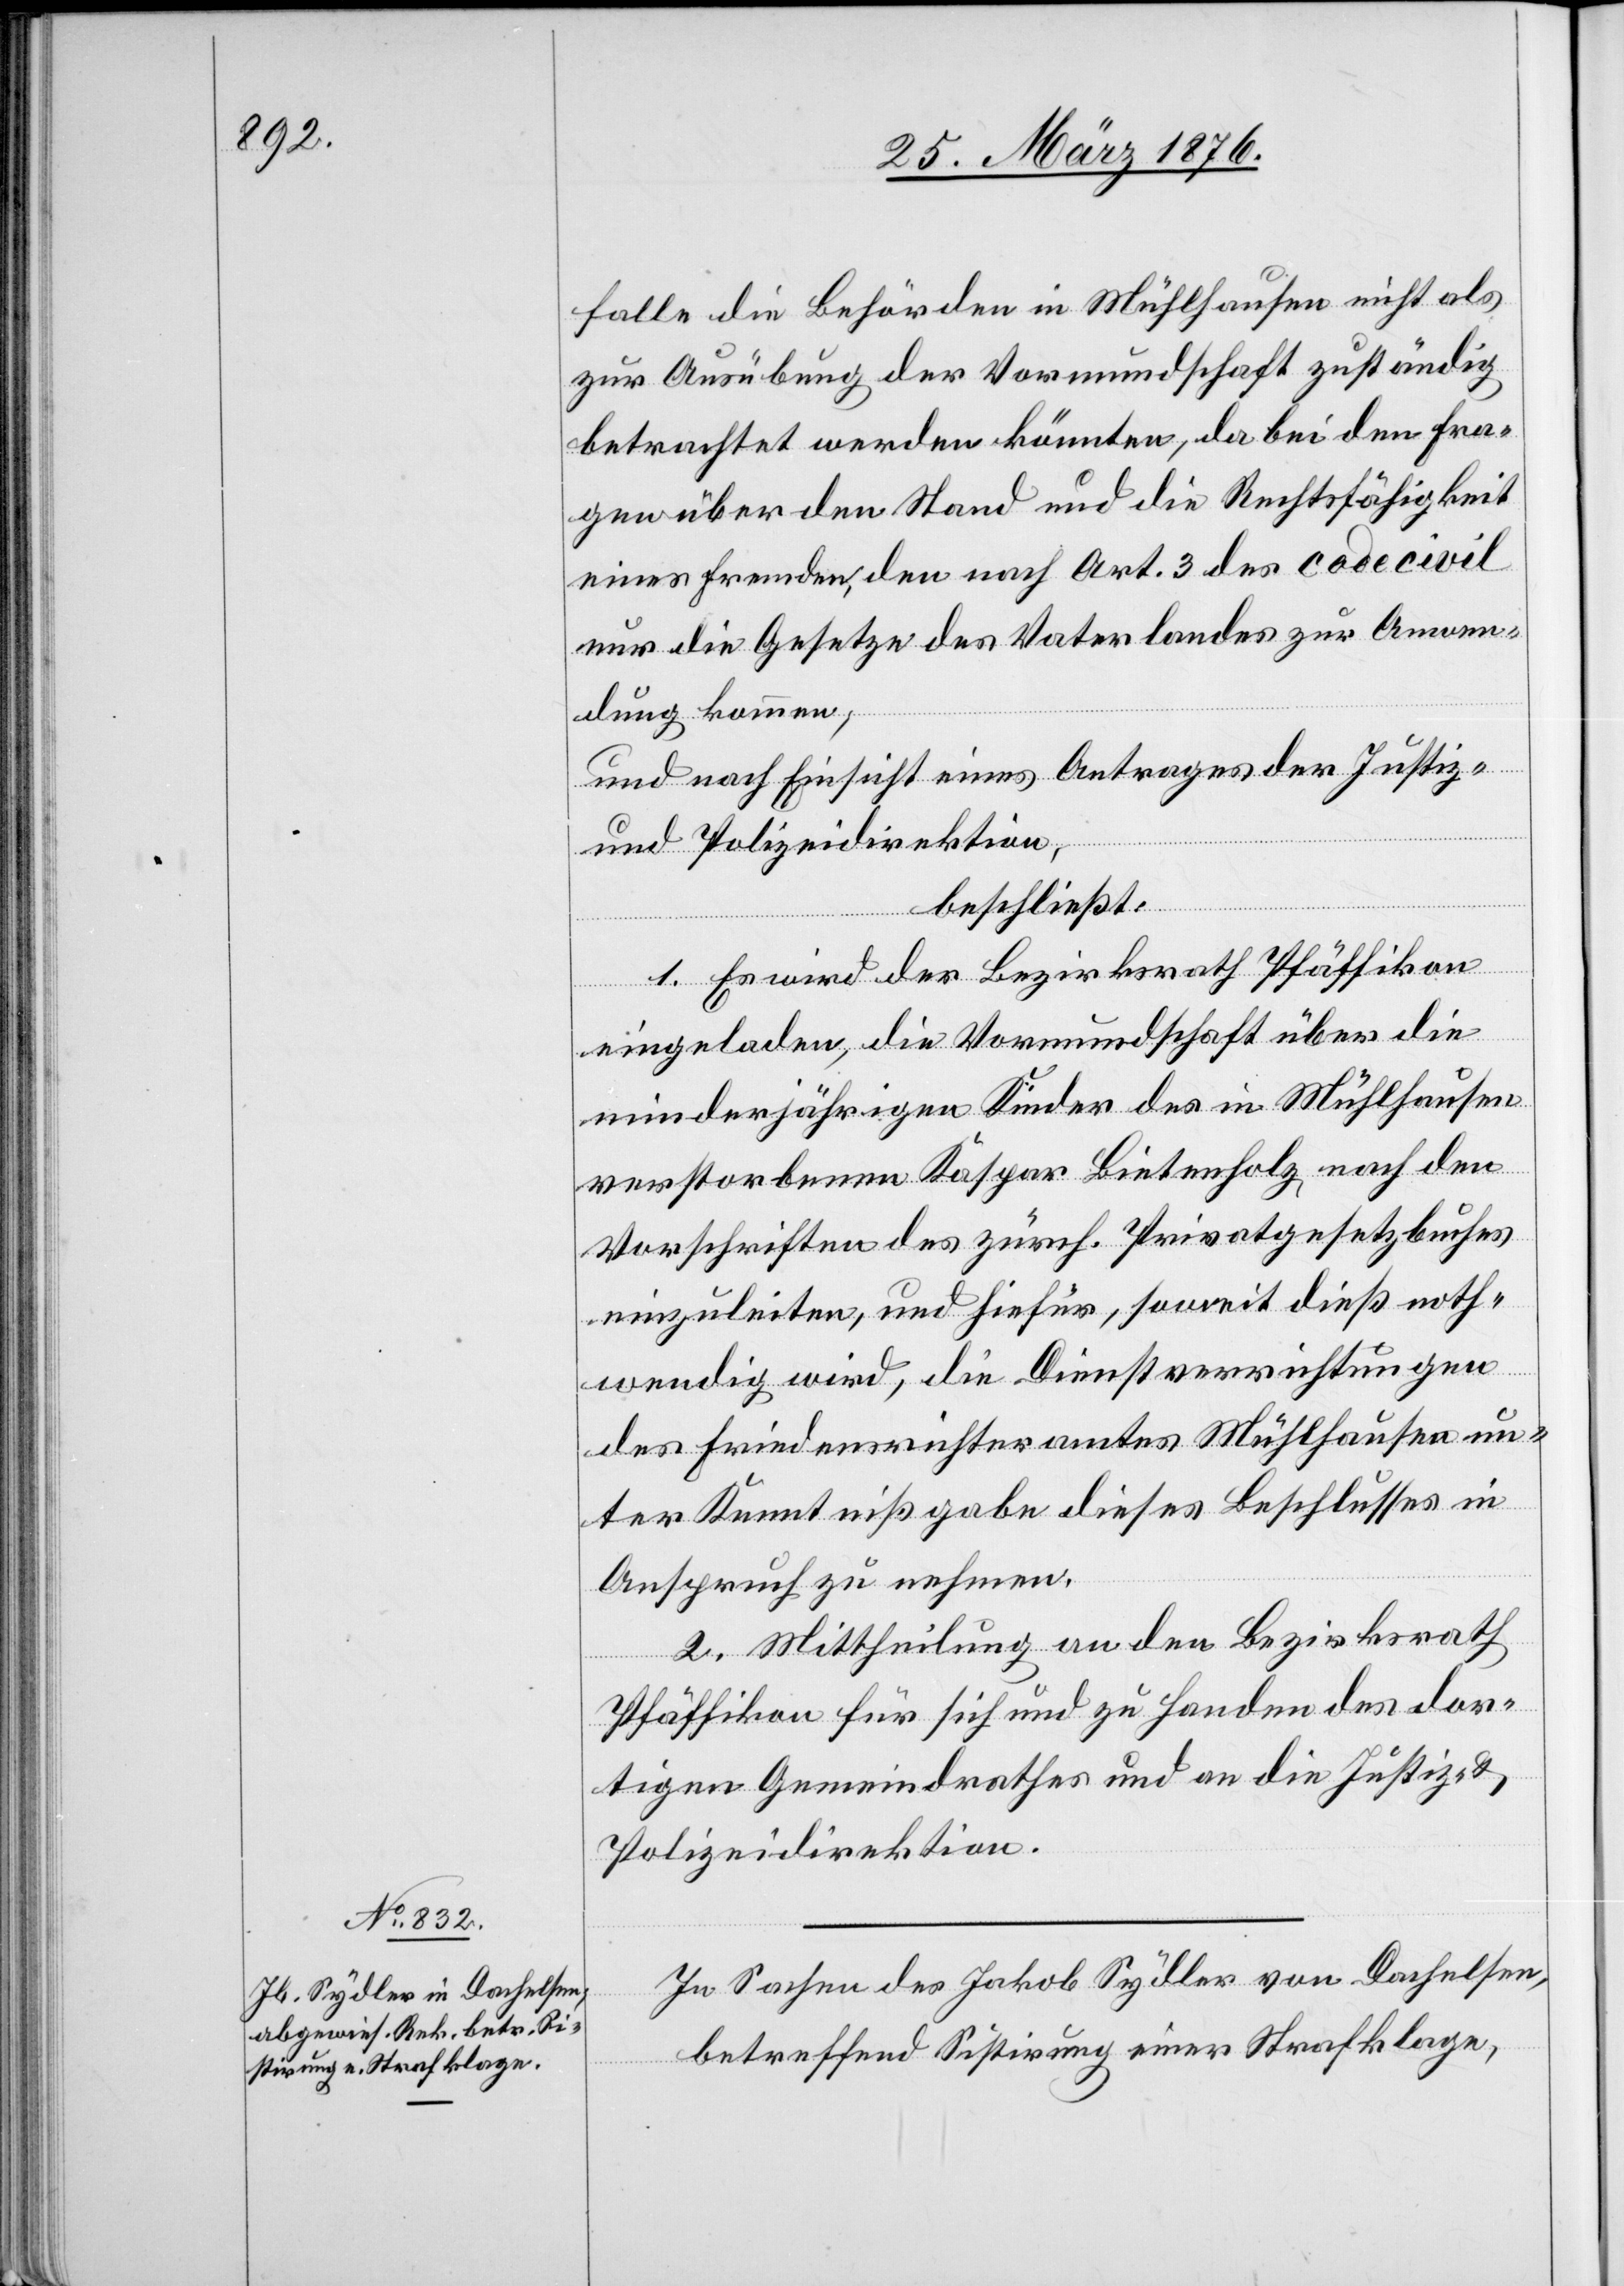
falle die Behörden in Mühlhausen nicht als
zur Ausübung der Vormundschaft zuständig
betrachtet werden könnten, da bei den Fra¬
gen über den Stand und die Rechtsfähigkeit
eines Fremden, den [sic!] nach Art. 3 der code civil
nur die Gesetze des Vaterlandes zur Anwen¬
dung kommen,
und nach Einsicht eines Antrages der Justiz-
und Polizeidirektion,
beschließt:
1. Es wird der Bezirksrath Pfäffikon
eingeladen, die Vormundschaft über die
minderjährigen Kinder des in Mühlhausen
verstorbenen Kaspar Bietenholz nach den
Vorschriften des zürch. Privatgesetzbuches
einzuleiten, und hiefür, soweit dieß noth¬
wendig wird, die Dienstverrichtungen
des Friedensrichteramtes in Mühlhausen un¬
ter Kenntnißgabe dieses Beschlusses in
Anspruch zu nehmen.
2. Mittheilung an den Bezirksrath
Pfäffikon für sich und zu Handen des dor¬
tigen Gemeindrathes und an die Justiz- &
Polizeidirektion.
In Sachen des Jakob Sydler von Dachelsen,
betreffend Sistirung einer Strafklage,